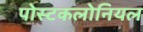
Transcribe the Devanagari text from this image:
पोस्टकलोनियल